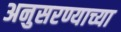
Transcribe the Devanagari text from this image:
अनुसरण्याच्या